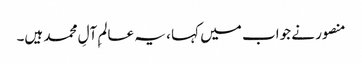
منصور نے جواب میں کہا ، یہ عالمِ آلِ محمد ہیں۔